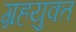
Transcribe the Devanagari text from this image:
ग्रहयुक्त